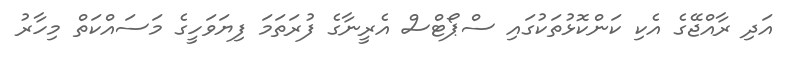
އަދި ރާއްޖޭގެ އެކި ކަންކޮޅުތަކުގައި ސްޕޯޓްސް އެރީނާގެ ފުރަތަމަ ފިޔަވަހީގެ މަސައްކަތް މިހާރު